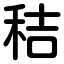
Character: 秸